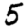
Digit: 5